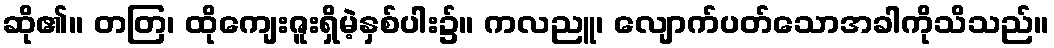
ဆို၏။ တတြ၊ ထိုကျေးဇူးရှိမဲ့နှစ်ပါး၌။ ကလညူ၊ လျောက်ပတ်သောအခါကိုသိသည်။